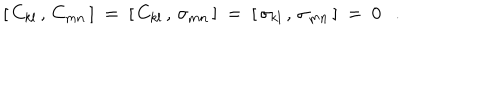
[ \, C _ { k l } \, , \, C _ { m n } \, ] ~ = ~ [ \, C _ { k l } \, , \, \sigma _ { m n } \, ] ~ = ~ [ \, \sigma _ { k l } \, , \, \sigma _ { m n } \, ] ~ = ~ 0 .